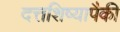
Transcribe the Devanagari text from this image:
दत्तशिष्यापैकी